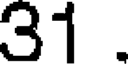
31 .